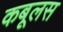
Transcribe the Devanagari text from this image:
कबूलस